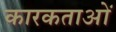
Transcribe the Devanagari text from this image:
कारकताओं